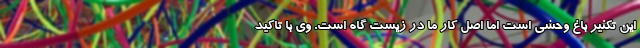
این تکثیر باغ وحشی است اما اصل کار ما در زیست گاه است. وی با تاکید